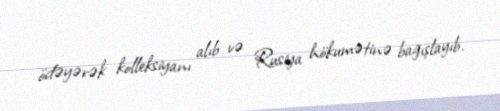
ödəyərək kolleksiyanı alıb və Rusiya hökumətinə bağışlayıb.